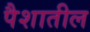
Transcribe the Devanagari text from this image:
पैशातील